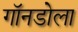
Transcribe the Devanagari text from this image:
गॉनडोला